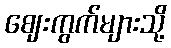
ဈေးကွက်များသို့